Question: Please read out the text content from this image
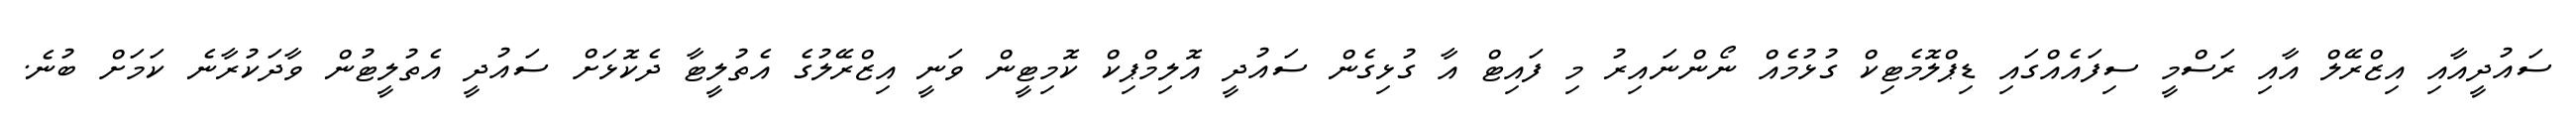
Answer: ސައުދީއާއި އިޒްރޭލް އާއި ރަސްމީ ސިފައެއްގައި ޑިޕްލޮމެޓިކް ގުޅުމެއް ނޯންނައިރު މި ފައިޓް އާ ގުޅިގެން ސައުދީ އޮލިމްޕިކް ކޮމިޓީން ވަނީ އިޒްރޭލުގެ އެތުލީޓާ ދެކޮޅަށް ސައުދީ އެތުލީޓުން ވާދަކުރާނެ ކަމަށް ބުނެ.